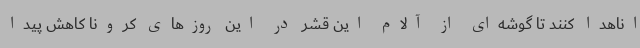
اناهدا کنند تا گوشه‌ای از آلام این قشر در این روزهای کرونا کاهش پیدا